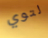
لتوي